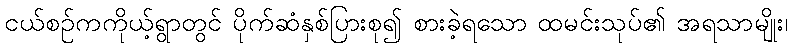
ငယ်စဉ်ကကိုယ့်ရွာတွင် ပိုက်ဆံနှစ်ပြားစု၍ စားခဲ့ရသော ထမင်းသုပ်၏ အရသာမျိုး၊